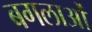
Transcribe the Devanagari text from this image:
बगलाओं